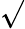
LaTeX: \surd